Annual report of the Imperial Bacteriological Laboratory, Muktesar
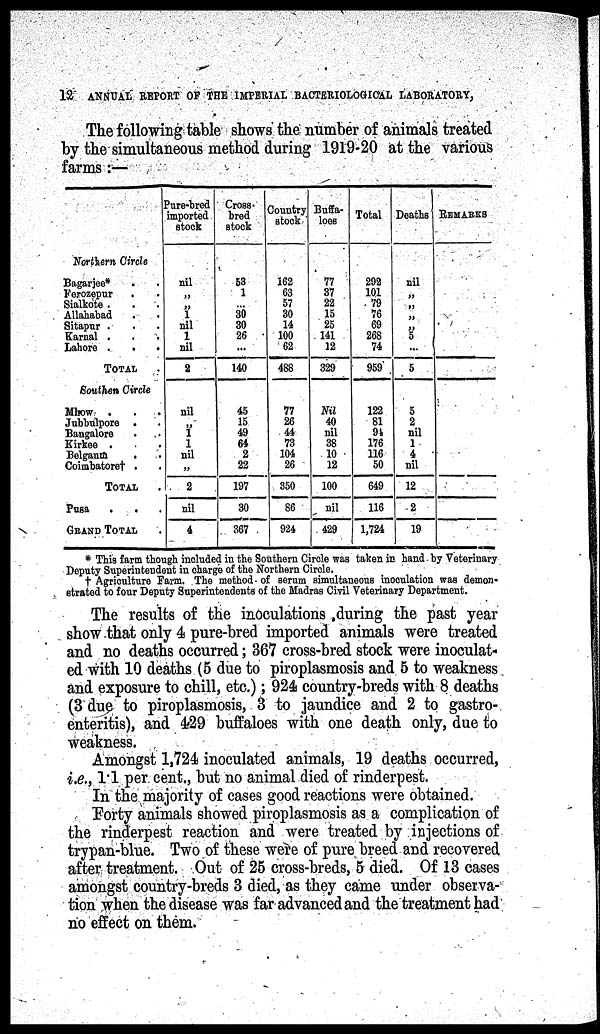
12 ANNUAL REPORT OF THE IMPERIAL BACTERIOLOGICAL LABORATORY,
The following table shows the number of animals treated
by the simultaneous method during 1919-20 at the various
farms :—
Northern Circle
Bagarjee* . .
Ferozepur . .
Sialkote . . .
Allahabad . .
Sitapur . . .
Karnal . . .
Lahore .
.
.
TOTAL .
Southen Circle
Mhow . . .
Jubbulpore . .
Bangalore . .
Kirkee . . .
Belgaum
. .
Coimbatore † . .
TOTAL .
Pusa
.
.
GRAND TOTAL .
Pure-bred
imported
stock
nil
„
„
1
nil
1
nil
2
nil
„
1
1
nil
„
2
nil
4
Cross-
bred
stock
53
1
...
30
30
26
...
140
45
15
49
64
2
22
197
30
367
Country
stock
162
63
57
30
14
100
62
488
77
26
44
73
104
26
350
86
924
Buffa-
loes
77
37
22
15
25
141
12
329
Nil
40
nil
38
10
12
100
nil
429
Total
292
101
79
76
69
268
74
959
122
81
91
176
116
50
649
116
1,724
Deaths
nil
„
„
„
„
5
...
5
5
2
nil
1
4
nil
12
2
19
REMARKS
* This farm though included in the Southern Circle was taken in hand by Veterinary
Deputy Superintendent in charge of the Northern Circle.
† Agriculture Farm. The method of serum simultaneous inoculation was demon-
strated to four Deputy Superintendents of the Madras Civil Veterinary Department.
The results of the inoculations during the past year
show that only 4 pure-bred imported animals were treated
and no deaths occurred; 367 cross-bred stock were inoculat-
ed with 10 deaths (5 due to piroplasmosis and 5 to weakness
and exposure to chill, etc.); 924 country-breds with 8 deaths
(3 due to piroplasmosis, 3 to jaundice and 2 to gastro-
enteritis), and 429 buffaloes with one death only, due to
weakness.
Amongst 1,724 inoculated animals, 19 deaths occurred,
i.e., 1.1 per cent., but no animal died of rinderpest.
In the majority of cases good reactions were obtained.
Forty animals showed piroplasmosis as a complication of
the rinderpest reaction and were treated by injections of
trypan-blue. Two of these were of pure breed and recovered
after treatment. Out of 25 cross-breds, 5 died. Of 13 cases
amongst country-breds 3 died, as they came under observa-
tion when the disease was far advanced and the treatment had
no effect on them.